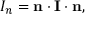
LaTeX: I _ { n } = \mathbf { n } \cdot \mathbf { I } \cdot \mathbf { n } ,